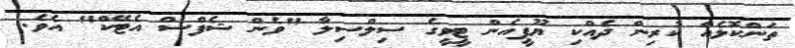
ތަންކޮޅެއް ކުރިން ދެއްކި ޔޫޕީއެން ޓީވީގެ ސިލްސިލާ "ވެން ޝެފްސް އެޓޭކް" އެވެ.